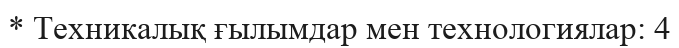
* Техникалық ғылымдар мен технологиялар: 4